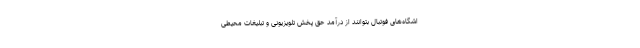
اشگاه‌های فوتبال بتوانند از درآمد حق پخش تلویزیونی و تبلیغات محیطی